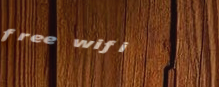
free wifi